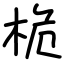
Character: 桅